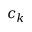
c _ { k }